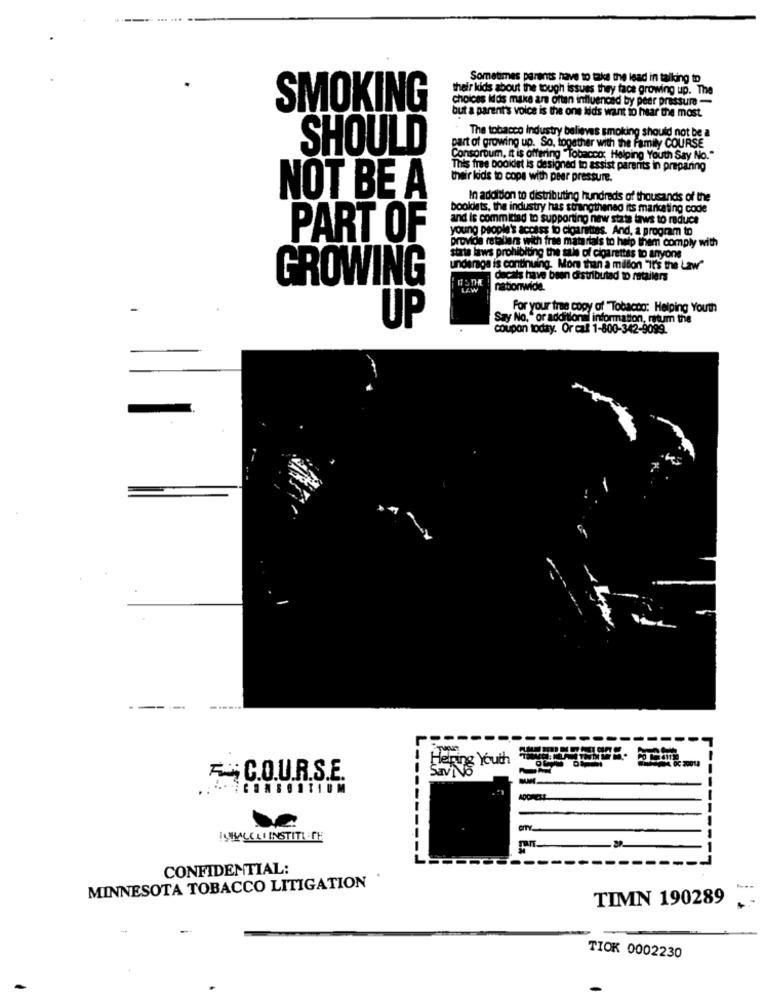
Sometimes parents have to take the lead in talking to
their kids about the tough issues they face growing up. The
choices ids make are often influenced by peer pressure -
SMOKING
but a parent's voice is the one lids want to hear the most.
The tobacco industry believes smoking should not be a
SHOULD
part of growing up. So, together with the Family COURSE
Consorbum, it is offering "Tobacco: Helping Youth Say No."
This free booidet is designed to assist parerits in preparing
their kids to cope with peer pressure.
NOT BE A
In addition to distributing hundreds of thousands of the
booldets, the industry has strengthened its marketing code
and is committed to supporting new stats laws to reduce
young people's access to cigarettes. And, a program to
PART OF
provide retaliers with free materials to help them comply with
stats laws prohibiting the tale of cigarettes to anyone
underage is continuing. More than a million "It's the Law"
decals have been distributad to retailers
GROWING
LEW
nationwide.
For your trae copy of "Tobacco: Helping Youth
UP
Say No." or additional information, ratum the
coupon today. Or cal 1-800-342-9099.
Berg Youth
FC.O.U.R.S.E.
ISBALCAL INSTITLERE
-------
CONFIDENTIAL:
MINNESOTA TOBACCO LITIGATION
TIMN 190289
TIOK 0002230